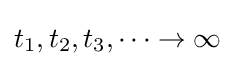
{\textstyle t_{1},t_{2},t_{3},\cdots \to \infty }